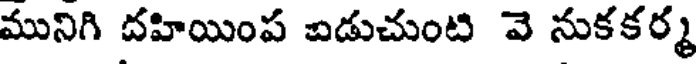
మునిగి దహియింప ఐడుచుంటి వె నుకకర్మ